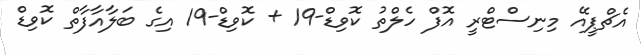
އެޗްޕީއޭ މިނިސްޓްރީ އޮފް ހެލްތު ކޮވިޑް-19 + ކޮވިޑް-19 އިގެ ބަލާއާފާތް ކޮވިޑް